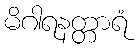
မိဂါရနတ္တာရံ